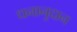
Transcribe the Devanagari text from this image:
धनानुदान